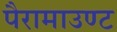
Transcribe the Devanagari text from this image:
पैरामाउण्ट